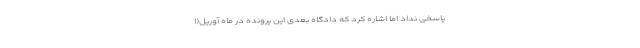
پاسخی نداد اما اشاره کرد که دادگاه بعدی این پرونده در ماه آوریل(ا